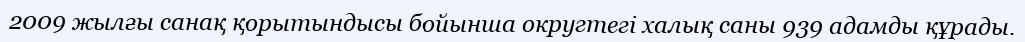
2009 жылғы санақ қорытындысы бойынша округтегі халық саны 939 адамды құрады.